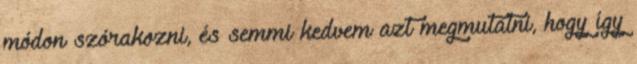
módon szórakozni, és semmi kedvem azt megmutatni, hogy így